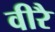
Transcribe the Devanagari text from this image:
वीरै